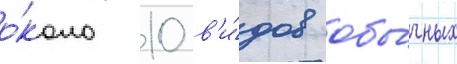
о́коло 10 в'и́дов обы́чных